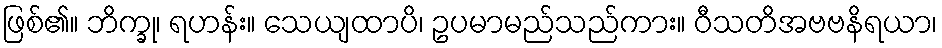
ဖြစ်၏။ ဘိက္ခု၊ ရဟန်း။ သေယျထာပိ၊ ဥပမာမည်သည်ကား။ ဝီသတိအဗဗနိရယာ၊